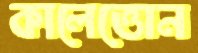
কালেত্তোন